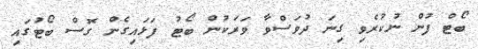
ބޯޓް ފުން ނުކުރެވި ގިނަ ދުވަސްވާ ވަރަކުން ބޯޓު ފަޅައިގެން ގޮސް ބޯޓުގައި